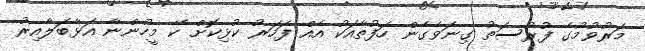
މަރުވުމުގެ ފުރުސަތު ގިނަވެގެން ހަފުތާއަކު އެއް ފަހަރު ކުޅިކޮށް ކޭ މީހުންނާ އަޅާބަލާއިރު